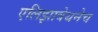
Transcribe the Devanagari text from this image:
एलिझाबेथनेच